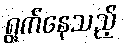
ရွက်နေသည့်